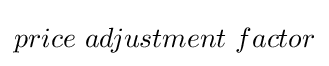
price~adjustment~factor